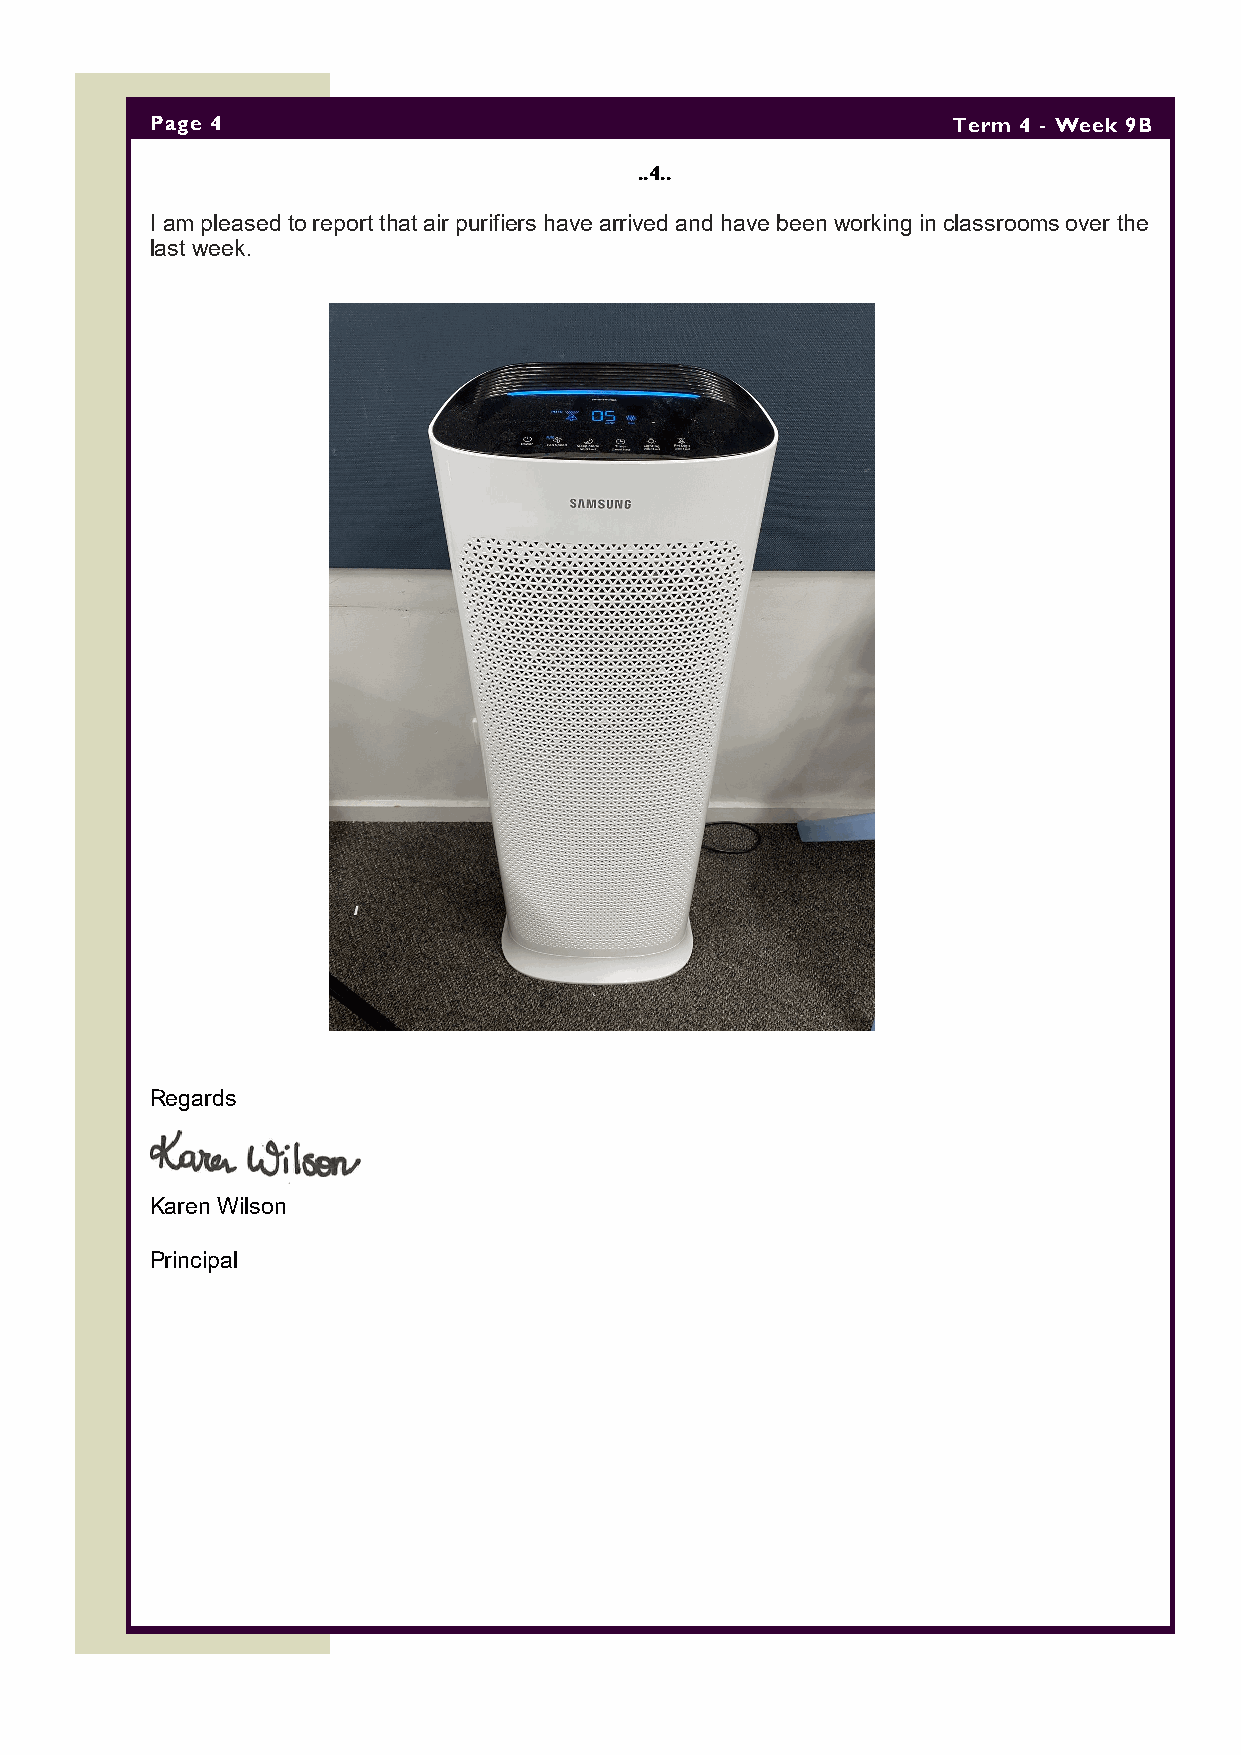
Page 4                                               Term 4 - Week 9B
 ..4..
 I am pleased to report that air purifiers have arrived and have been working in classrooms over the
 last week.
 Regards
 Karen Wilson
 Principal